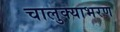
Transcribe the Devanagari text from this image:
चालुक्याभरण